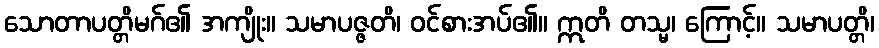
သောတာပတ္တိမဂ်၏ အကျိုး။ သမာပဇ္ဇတိ၊ ဝင်စားအပ်၏။ ဣတိ တသ္မ၊ ကြောင့်။ သမာပတ္တိ၊